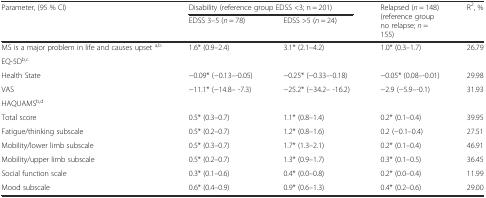
<table><thead><tr><td rowspan="2"><b>Parameter, (95 % CI)</b></td><td colspan="2"><b>Disability (reference group EDSS &lt;3; n = 201)</b></td><td rowspan="2"><b>Relapsed (<i>n</i> = 148) (reference group no relapse; <i>n</i> = 155)</b></td><td rowspan="2"><b>R<sup>2</sup>, %</b></td></tr><tr><td><b>EDSS 3–5 (<i>n</i> = 78)</b></td><td><b>EDSS &gt;5 (<i>n</i> = 24)</b></td></tr></thead><tbody><tr><td>MS is a major problem in life and causes upset <sup>a,b</sup></td><td>1.6* (0.9–2.4)</td><td>3.1* (2.1–4.2)</td><td>1.0* (0.3–1.7)</td><td>26.79</td></tr><tr><td>EQ-5D<sup>b,c</sup></td><td></td><td></td><td></td><td></td></tr><tr><td>Health State</td><td>−0.09* (−0.13–-0.05)</td><td>−0.25* (−0.33–-0.18)</td><td>−0.05* (0.08–-0.01)</td><td>29.98</td></tr><tr><td>VAS</td><td>−11.1* (−14.8– -7.3)</td><td>−25.2* (−34.2– -16.2)</td><td>−2.9 (−5.9–-0.1)</td><td>31.93</td></tr><tr><td>HAQUAMS<sup>b,d</sup></td><td></td><td></td><td></td><td></td></tr><tr><td>Total score</td><td>0.5* (0.3–0.7)</td><td>1.1* (0.8–1.4)</td><td>0.2* (0.1–0.4)</td><td>39.95</td></tr><tr><td>Fatigue/thinking subscale</td><td>0.5* (0.2–0.7)</td><td>1.2* (0.8–1.6)</td><td>0.2 (−0.1–0.4)</td><td>27.51</td></tr><tr><td>Mobility/lower limb subscale</td><td>0.5* (0.3–0.7)</td><td>1.7* (1.3–2.1)</td><td>0.2* (0.1–0.4)</td><td>46.91</td></tr><tr><td>Mobility/upper limb subscale</td><td>0.5* (0.2–0.7)</td><td>1.3* (0.9–1.7)</td><td>0.3* (0.1–0.5)</td><td>36.45</td></tr><tr><td>Social function scale</td><td>0.3* (0.1–0.6)</td><td>0.4* (0.0–0.8)</td><td>0.2* (0.0–0.4)</td><td>11.99</td></tr><tr><td>Mood subscale</td><td>0.6* (0.4–0.9)</td><td>0.9* (0.6–1.3)</td><td>0.4* (0.2–0.6)</td><td>29.00</td></tr></tbody></table>